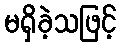
မရှိခဲ့သဖြင့်